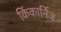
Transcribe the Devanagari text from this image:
किंकार्निज